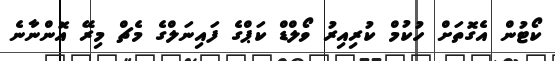
ކޯޓުން އެގޮތަށް ހުކުމް ކުރިއިރު ވޯލްޑް ކަޕްގެ ފައިނަލްގެ މެޗް މިރޭ އޮންނާނެ